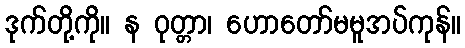
ဒုက်တို့ကို။ န ဝုတ္တာ၊ ဟောတော်မမူအပ်ကုန်။